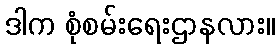
ဒါက စုံစမ်းရေးဌာနလား။